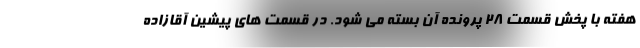
هفته با پخش قسمت 28 پرونده آن بسته می شود. در قسمت های پیشین آقازاده